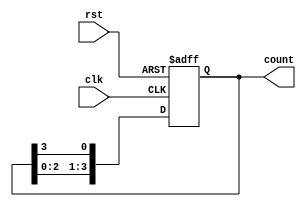
module Ring_counter (
    input clk,
    input rst,
    output reg [3:0] count
);

always @(posedge clk or posedge rst) begin
    if (rst) begin
        count <= 4'b0001; // Initialize the counter to start from the first state
    end else begin
        count <= {count[2:0], count[3]}; // Shift the current state to the left by 1 bit
    end
end

endmodule